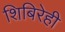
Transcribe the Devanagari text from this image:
शिबिरेही